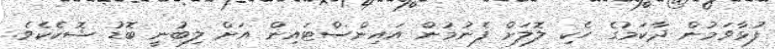
ފުޅާވަމުން ދާކަމުގެ ހެކި ލޮލަށް ފެނުމުން އައިންސްޓައިން އަށް ލިބުނީ ބޮޑު ޝޮކެކެވެ.